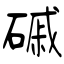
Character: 磩